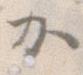
か